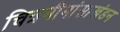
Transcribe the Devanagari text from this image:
चित्रमीमांसाखंडन